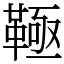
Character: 䩯